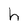
Character: h